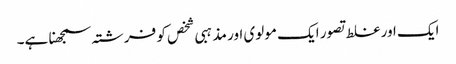
ایک اور غلط تصور ایک مولوی اور مذہبی شخص کو فرشتہ سمجھنا ہے۔